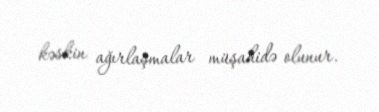
kəskin ağırlaşmalar müşahidə olunur.